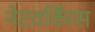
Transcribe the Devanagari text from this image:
नेटवर्किंग्स